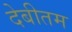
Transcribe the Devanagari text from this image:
देबीतम